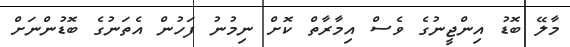
މާލޭ ބޮޑު އިންޖީނުގެ ވެސް އިމާރާތް ކޮށް ނިމުނު ފަހުން އެތަނުގެ ބޮޑުންނަށް